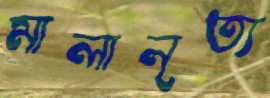
মালানৃত্য